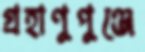
গ্রহাণুপুঞ্জে